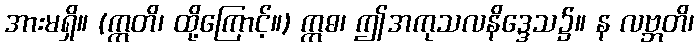
အားမရှိ။ (ဣတိ၊ ထို့ကြောင့်။) ဣဓ၊ ဤအကုသလနိဒ္ဒေသ၌။ န လဗ္ဘတိ၊